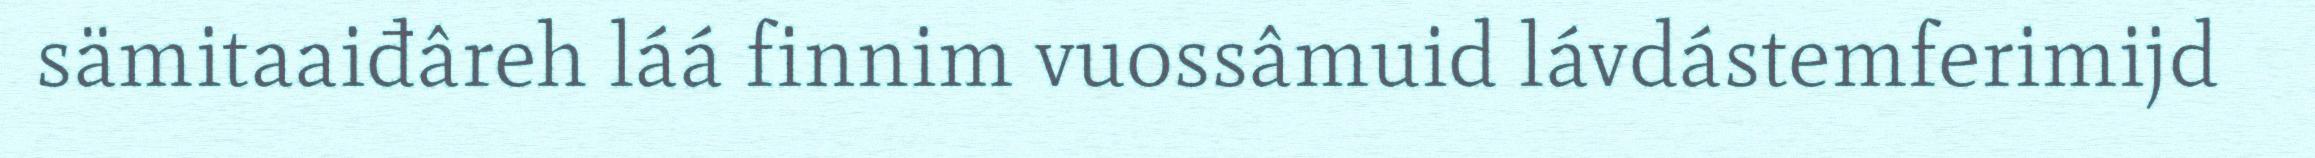
sämitaaiđâreh láá finnim vuossâmuid lávdástemferimijd